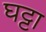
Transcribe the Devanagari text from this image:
घट्टा